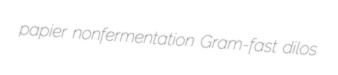
papier nonfermentation Gram-fast dilos